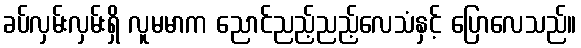
ခပ်လှမ်းလှမ်းရှိ လူမမာက ညောင်ညည့်ညည့်လေသံနှင့် ပြောလေသည်။